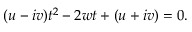
( u - i v ) t ^ { 2 } - 2 w t + ( u + i v ) = 0 .